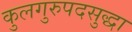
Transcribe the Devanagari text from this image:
कुलगुरुपदसुद्धा